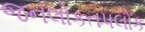
જનલોકતપલોક